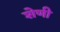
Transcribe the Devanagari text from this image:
शेणी